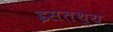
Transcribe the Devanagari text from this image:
इसतथ्य